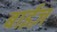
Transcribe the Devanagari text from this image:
बाईज़